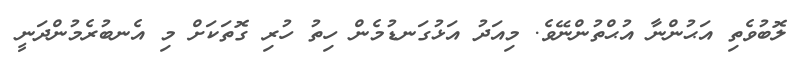
ލޮބުވެތި އަޙުންނާ އުޙްތުންނޭވެ. މިއަދު އަޅުގަނޑުމެން ހިތު ހުރި ގޮތަކަށް މި އެނބުރެމުންދަނީ